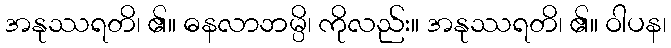
အနုဿရတိ၊ ၏။ ဓနလာဘမ္ပိ၊ ကိုလည်း။ အနုဿရတိ၊ ၏။ ဝါပန၊